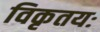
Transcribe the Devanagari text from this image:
विकृतयः